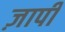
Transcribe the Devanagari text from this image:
ज़ापी